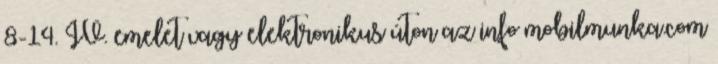
8-14. IV. emelet vagy elektronikus úton az info mobilmunka.com